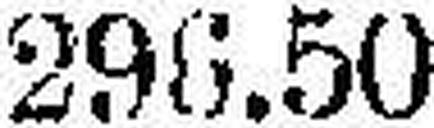
296.50